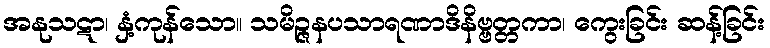
အနုသဋာ၊ နှံ့ကုန်သော။ သမိဉ္ဇနပသာရဏာဒိနိဗ္ဗတ္တကာ၊ ကွေးခြင်း ဆန့်ခြင်း